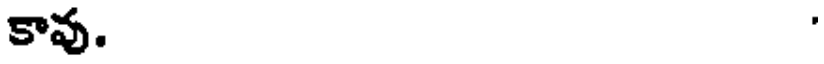
కావ.